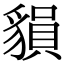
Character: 𧳷